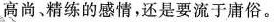
高尚、精练的感情，还是要流于庸俗。